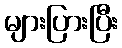
များပြားပြီး